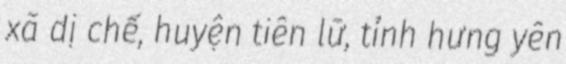
xã dị chế, huyện tiên lữ, tỉnh hưng yên